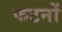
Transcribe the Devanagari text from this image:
फटनों